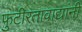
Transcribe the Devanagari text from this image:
फुटीरतावाद्यांनी